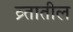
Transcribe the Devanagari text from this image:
व्र्तातील